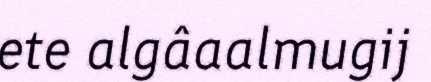
ete algâaalmugij